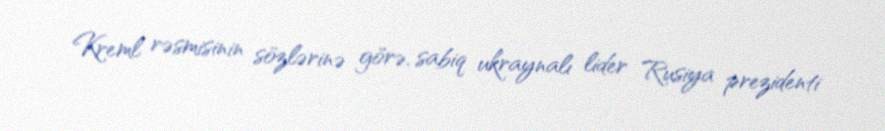
Kreml rəsmisinin sözlərinə görə, sabiq ukraynalı lider Rusiya prezidenti